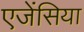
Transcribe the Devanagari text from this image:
एजेंसिया